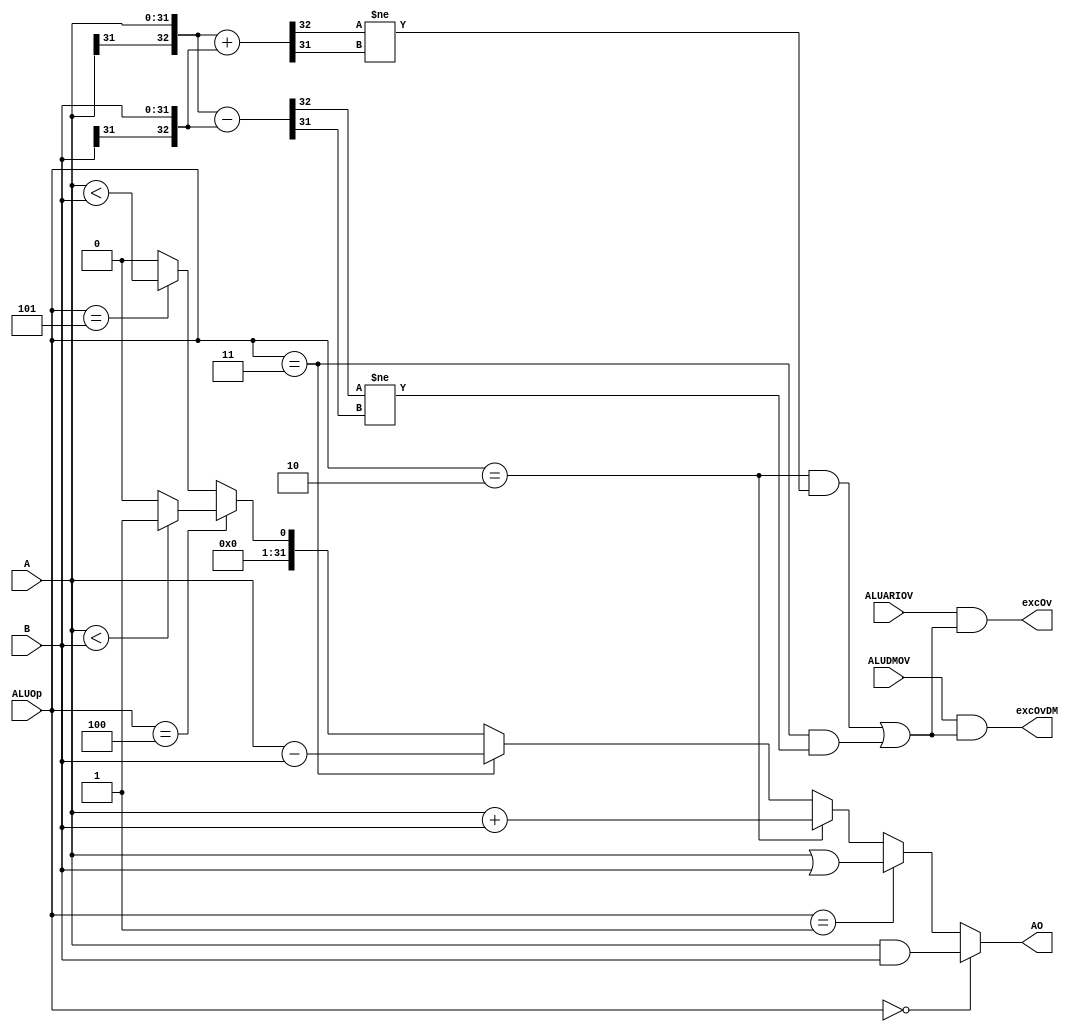
`timescale 1ns / 1ps

module E_ALU(
    input [4:0] ALUOp,
    input [31:0] A,
    input [31:0] B,
    input ALUDMOV,
    input ALUARIOV,
    output [31:0] AO,
    output excOvDM,
    output excOv
    );
    wire slt = ($signed(A) < $signed(B))? 32'd1: 32'd0;
    assign AO = (ALUOp==5'd0)? (A&B):
                (ALUOp==5'd1)? (A|B):
                (ALUOp==5'd2)? (A+B):
                (ALUOp==5'd3)? (A-B):
                (ALUOp==5'd4)? slt:
                (ALUOp==5'd5)? (A<B):
                32'h0000_0000;
    //
    wire [32:0] Aext = {A[31], A};
    wire [32:0] Bext = {B[31], B};
    wire [32:0] addext = Aext + Bext;
    wire [32:0] subext = Aext - Bext;
    wire addov = (addext[32] != addext[31]);
    wire subov = (subext[32] != subext[31]);

    assign excOv = 
        ALUARIOV && ((ALUOp==5'd2 && addov) || (ALUOp==5'd3 && subov));
    assign excOvDM =
        ALUDMOV && ((ALUOp==5'd2 && addov) || (ALUOp==5'd3 && subov));

endmodule